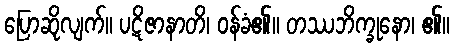
ပြောဆိုလျက်။ ပဋိဇာနာတိ၊ ဝန်ခံ၏။ တဿဘိက္ခုနော၊ ၏။